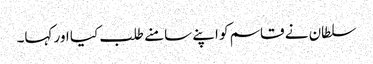
سلطان نے قاسم کو اپنے سامنے طلب کیا اور کہا۔